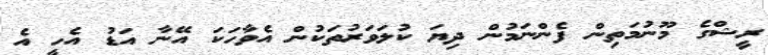
ރީޝްގެ މޫނުމަތިން ފެންނަމުން ދިޔަ ކުލަވަރުތަކުން އެވާހަކަ އޭނާ އަޑު އެހީ އެ